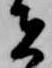
者